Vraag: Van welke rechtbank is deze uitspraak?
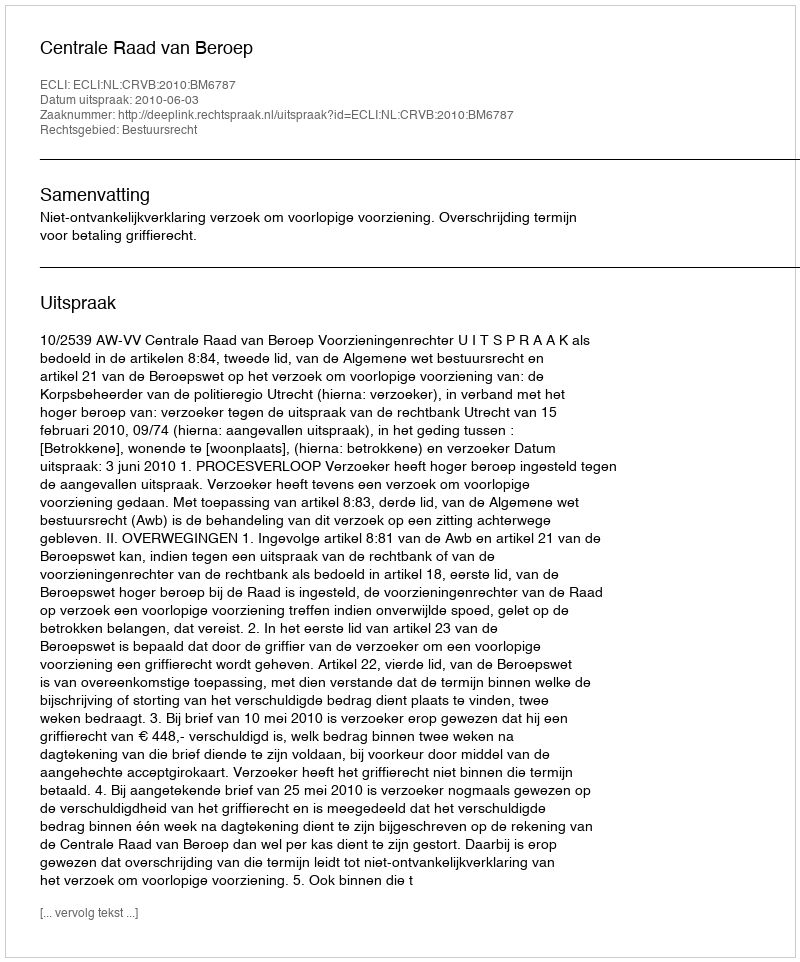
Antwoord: Centrale Raad van Beroep